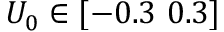
U _ { 0 } \in [ - 0 . 3 \mathrm { ~ } 0 . 3 ]